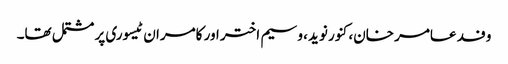
وفد عامر خان، کنور نوید، وسیم اختر اور کامران ٹیسوری پر مشتمل تھا۔